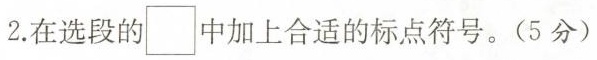
2.在选段的□中加上合适的标点符号。(5分)